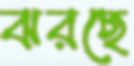
ঝরছে